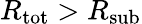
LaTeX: R_{\mathrm{tot}}>R_{\mathrm{sub}}